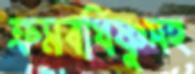
ক্রমবর্ধিষ্ণুসহ